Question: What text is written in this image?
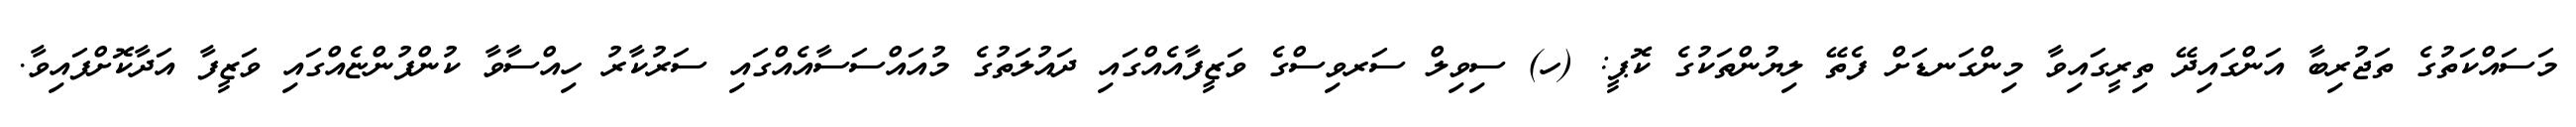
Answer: މަސައްކަތުގެ ތަޖުރިބާ އަންގައިދޭ ތިރީގައިވާ މިންގަނޑަށް ފެތޭ ލިޔުންތަކުގެ ކޮޕީ: (ހ) ސިވިލް ސަރވިސްގެ ވަޒީފާއެއްގައި ދައުލަތުގެ މުއައްސަސާއެއްގައި ސަރުކާރު ހިއްސާވާ ކުންފުންޏެއްގައި ވަޒީފާ އަދާކޮށްފައިވާ.